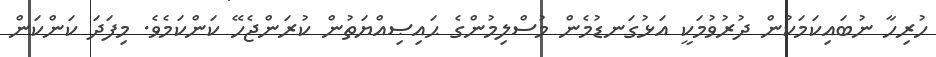
ހުރިހާ ނުބައިކަމަކުން ދުރުވުމަކީ އަޅުގަނޑުމެން މުސްލިމުންގެ ޙައިޞިއްޔަތުން ކުރަންޖެހޭ ކަންކަމެވެ. މިފަދަ ކަންކަން